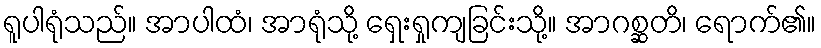
ရူပါရုံသည်။ အာပါထံ၊ အာရုံသို့ ရှေးရှုကျခြင်းသို့။ အာဂစ္ဆတိ၊ ရောက်၏။